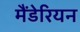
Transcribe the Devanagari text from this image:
मैंडेरियन